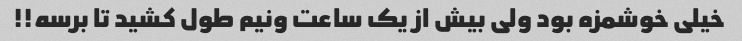
خیلی خوشمزه بود ولی بیش از یک ساعت ونیم طول کشید تا برسه!!